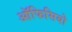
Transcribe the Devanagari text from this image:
ऑफिसियो